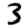
Digit: 3